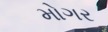
મોગર